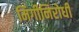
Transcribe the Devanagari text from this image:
मिर्गीनिरोधी